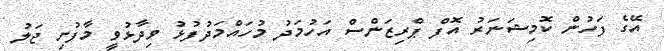
އޭގެ ފަހުން ކޮމިޝަނަރު އޮފް ޕްރިޒަންސް އަހުމަދު މުހައްމަދުފުޅު ވިދާޅުވީ މާފުށި ޖަލު